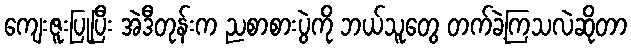
ကျေးဇူးပြုပြီး အဲဒီတုန်းက ညစာစားပွဲကို ဘယ်သူတွေ တက်ခဲ့ကြသလဲဆိုတာ